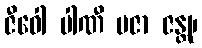
ဇီဝေါ ပါဏီ ပဇာ ဇန္တု၊